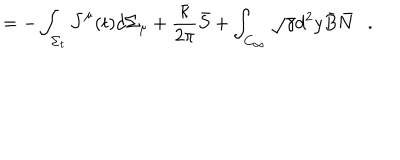
= - \int _ { \Sigma _ { t } } \bar { J } ^ { \mu } ( t ) d \Sigma _ { \mu } + { \frac { \bar { \kappa } } { 2 \pi } } \bar { S } + \int _ { C _ { \infty } } \sqrt { \gamma } d ^ { 2 } y \bar { B } \bar { N } .